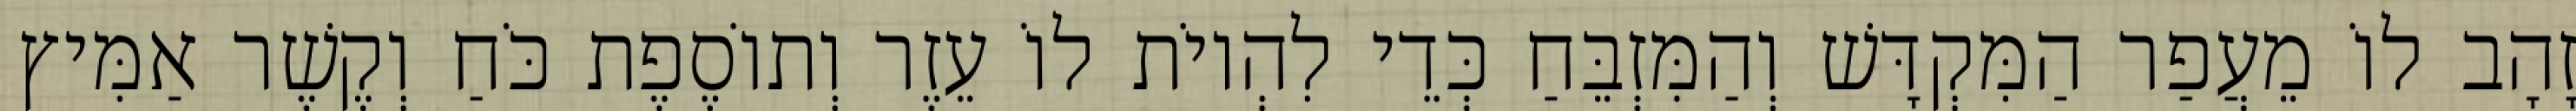
זָהָב לוֹ מֵעֲפַר הַמִּקְדָּשׁ וְהַמִּזְבֵּחַ כְּדֵי לִהְיוֹת לוֹ עֵזֶר וְתוֹסֶפֶת כֹּחַ וְקֶשֶׁר אַמִּיץ